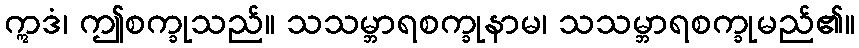
ဣဒံ၊ ဤစက္ခုသည်။ သသမ္ဘာရစက္ခုနာမ၊ သသမ္ဘာရစက္ခုမည်၏။